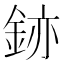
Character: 𫒚